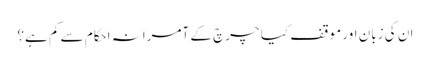
ان کی زبان اور موقف کیا چرچ کے آمرانہ احکام سے کم ہے؟